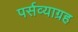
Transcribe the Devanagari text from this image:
पर्सव्याग्रह